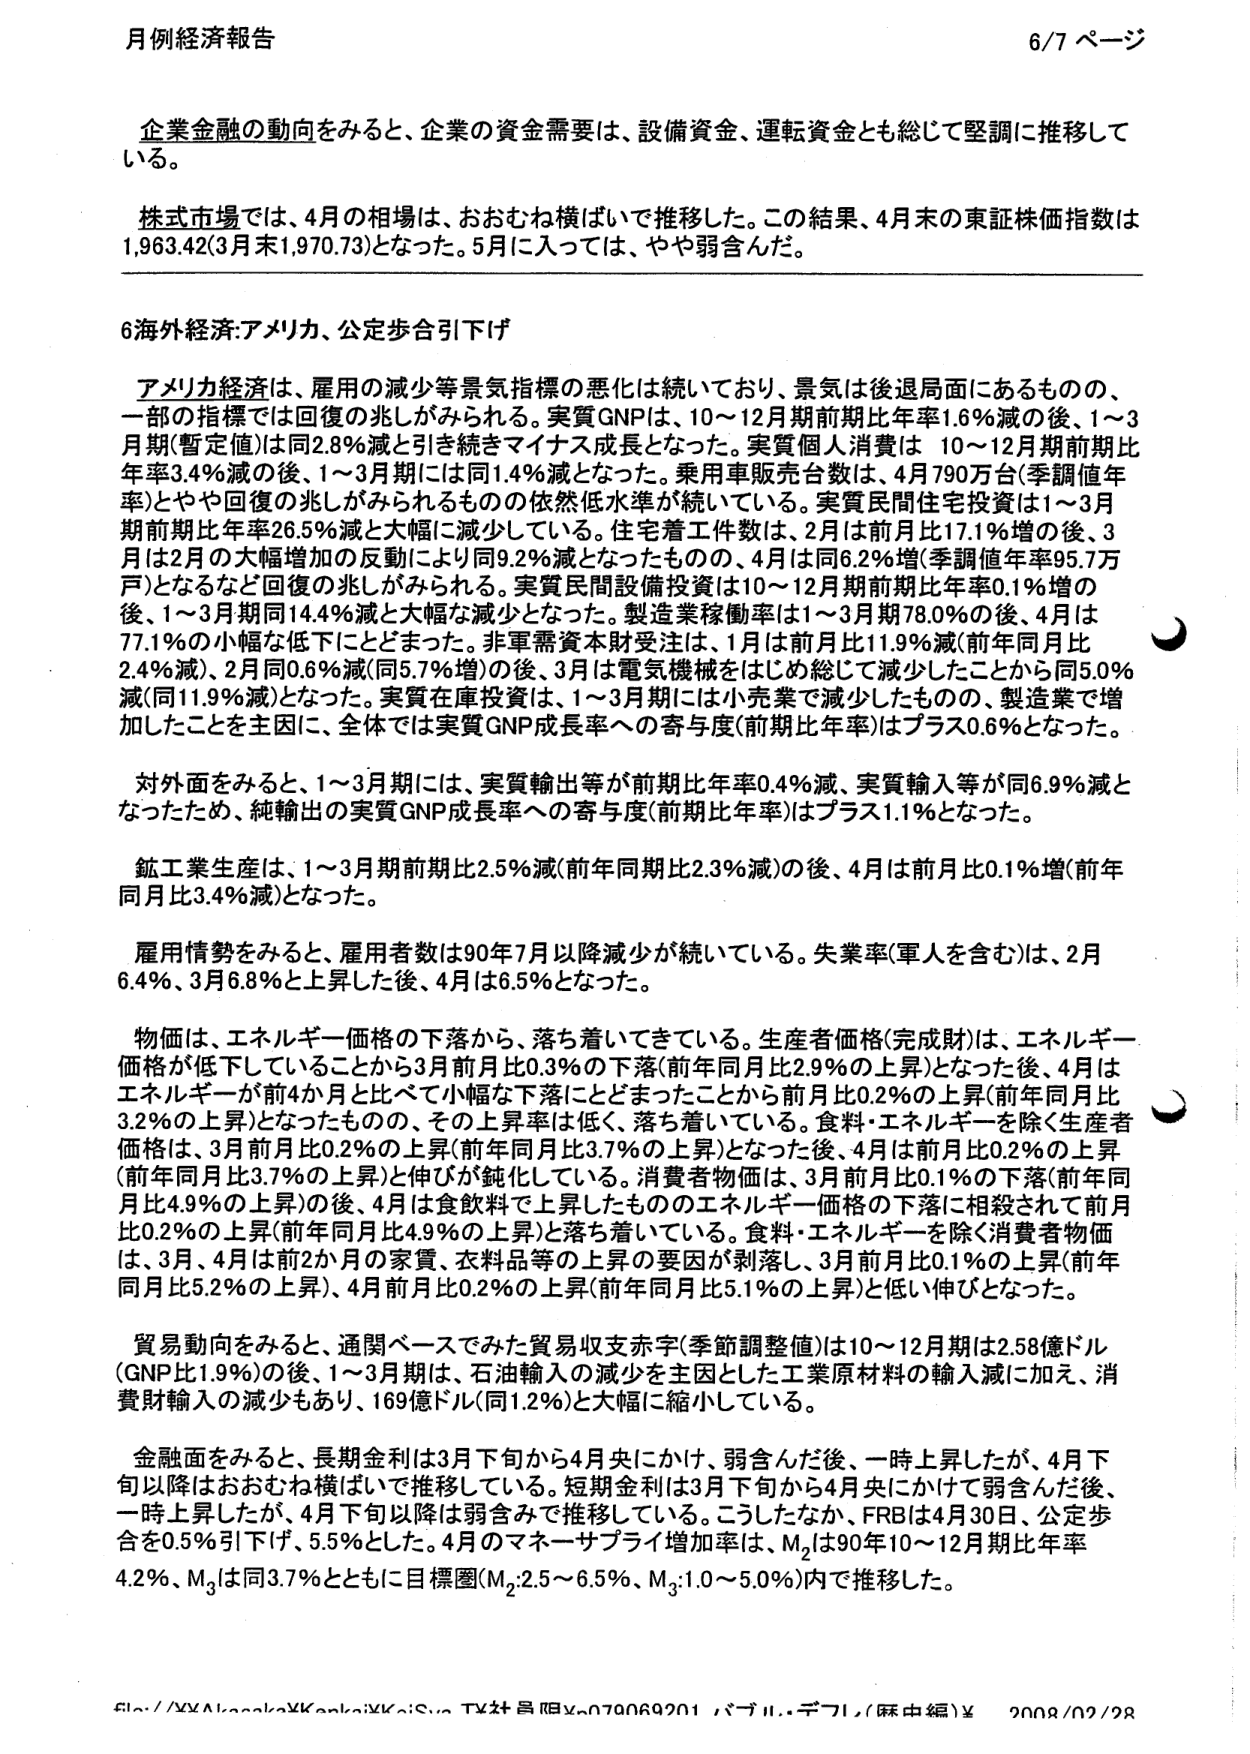
月例経済報告 6/7 ページ

企業金融の動向をみると、企業の資金需要は、設備資金、運転資金とも総じて堅調に推移している。

株式市場では、4月の相場は、おおむね横ばいで推移した。この結果、4月末の東証株価指数は1,963.42（3月末1,970.73）となった。5月に入っては、やや弱含んだ。

6海外経済：アメリカ、公定歩合引下げ

アメリカ経済は、雇用の減少等景気指標の悪化は続いており、景気は後退局面にあるものの、一部の指標では回復の兆しがみられる。実質GNPは、10～12月期前期比年率1.6％減の後、1～3月期（暫定値）は同2.8％減と引き続きマイナス成長となった。実質個人消費は 10～12月期前期比年率3.4％減の後、1～3月期には同1.4％減となった。乗用車販売台数は、4月790万台（季調値年率）とやや回復の兆しがみられるものの依然低水準が続いている。実質民間住宅投資は1～3月期前期比年率26.5％減と大幅に減少している。住宅着工件数は、2月は前月比17.1％増の後、3月は2月の大幅増加の反動により同9.2％減となったものの、4月は同6.2％増（季調値年率95.7万戸）となるなど回復の兆しがみられる。実質民間設備投資は10～12月期前期比年率0.1％増の後、1～3月期同14.4％減と大幅な減少となった。製造業稼働率は1～3月期78.0％の後、4月は77.1％の小幅な低下にとどまった。非軍需資本財受注は、1月は前月比11.9％減（前年同月比2.4％減）、2月同0.6％減（同5.7％増）の後、3月は電気機械をはじめ総じて減少したことから同5.0％減（同11.9％減）となった。実質在庫投資は、1～3月期には小売業で減少したものの、製造業で増加したことを主因に、全体では実質GNP成長率への寄与度（前期比年率）はプラス0.6％となった。

対外面をみると、1～3月期には、実質輸出等が前期比年率0.4％減、実質輸入等が同6.9％減となったため、純輸出の実質GNP成長率への寄与度（前期比年率）はプラス1.1％となった。

鉱工業生産は、1～3月期前期比2.5％減（前年同期比2.3％減）の後、4月は前月比0.1％増（前年同比3.4％減）となった。

雇用情勢をみると、雇用者数は90年7月以降減少が続いている。失業率（軍人を含む）は、2月6.4％、3月6.8％と上昇した後、4月は6.5％となった。

物価は、エネルギー価格の下落から、落ち着いてきている。生産者価格（完成財）は、エネルギー価格が低下していることから3月前月比0.3％の下落（前年同月比2.9％の上昇）となった後、4月はエネルギーが前4か月と比べて小幅な下落にとどまったことから前月比0.2％の上昇（前年同月比3.2％の上昇）となったものの、その上昇率は低く、落ち着いている。食料・エネルギーを除く生産者価格は、3月前月比0.2％の上昇（前年同月比3.7％の上昇）となった後、4月は前月比0.2％の上昇（前年同月比3.7％の上昇）と伸びが鈍化している。消費者物価は、3月前月比0.1％の下落（前年同月比4.9％の上昇）の後、4月は食飲料で上昇したもののエネルギー価格の下落に相殺されて前月比0.2％の上昇（前年同月比4.9％の上昇）と落ち着いている。食料・エネルギーを除く消費者物価は、3月、4月は前2か月の家賃、衣料品等の上昇の要因が剥落し、3月前月比0.1％の上昇（前年同月比5.2％の上昇）、4月前月比0.2％の上昇（前年同月比5.1％の上昇）と低い伸びとなった。

貿易動向をみると、通関ベースでみた貿易収支赤字（季節調整値）は10～12月期は2.58億ドル（GNP比1.9％）の後、1～3月期は、石油輸入の減少を主因とした工業原材料の輸入減に加え、消費財輸入の減少もあり、169億ドル（同1.2％）と大幅に縮小している。

金融面をみると、長期金利は3月下旬から4月央にかけ、弱含んだ後、一時上昇したが、4月下旬以降はおおむね横ばいで推移している。短期金利は3月下旬から4月央にかけて弱含んだ後、一時上昇したが、4月下旬以降は弱含みで推移している。こうしたなか、FRBは4月30日、公定歩合を0.5％引下げ、5.5％とした。4月のマネーサプライ増加率は、M₂は90年10～12月期比年率4.2％、M₃は同3.7％とともに目標圏（M₂：2.5～6.5％、M₃：1.0～5.0％）内で推移した。

file://XXAkagakaXKankaiXKaiSyo TX社員用Xn79069201 パブリ…デブリ／（蘇中編）¥ 2008/02/28